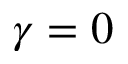
\gamma = 0